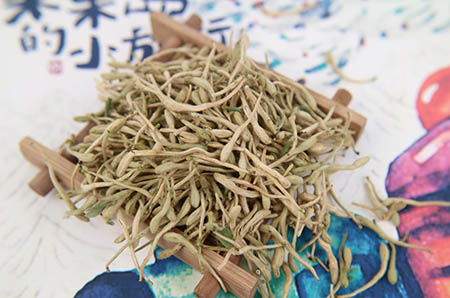
百二禁兵辞象阙，三千宫女下龙舟。